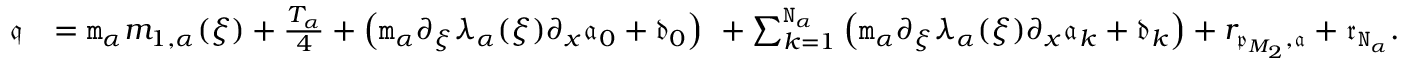
\begin{array} { r l } { \mathfrak { q } } & { = \mathtt { m } _ { \alpha } m _ { 1 , \alpha } ( \xi ) + \frac { T _ { \alpha } } 4 + \left( \mathtt { m } _ { \alpha } \partial _ { \xi } \lambda _ { \alpha } ( \xi ) \partial _ { x } \mathfrak { a } _ { 0 } + \mathfrak { d } _ { 0 } \right) \ + \sum _ { k = 1 } ^ { \mathtt { N } _ { \alpha } } \left( \mathtt { m } _ { \alpha } \partial _ { \xi } \lambda _ { \alpha } ( \xi ) \partial _ { x } \mathfrak { a } _ { k } + \mathfrak { d } _ { k } \right) + r _ { \mathfrak { p } _ { M _ { 2 } } , \mathfrak { a } } + \mathfrak { r } _ { \mathtt { N } _ { \alpha } } . } \end{array}